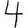
Digit: 4